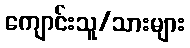
ကျောင်းသူ/သားများ